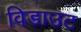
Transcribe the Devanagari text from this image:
विडाउट